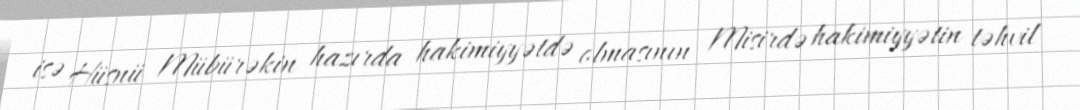
isə Hüsnü Mübürəkin hazırda hakimiyyətdə olmasının Misirdə hakimiyyətin təhvil